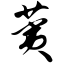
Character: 荑